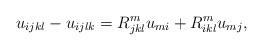
LaTeX: \begin{align*}u_{ijkl} - u_{ijlk} = R^m_{jkl} u_{mi} + R^m_{ikl} u_{mj},\end{align*}